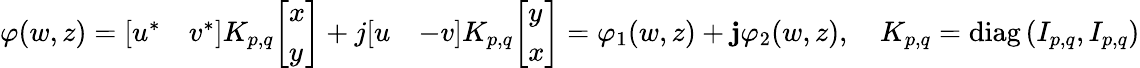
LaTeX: \varphi(w,z)={\left[\begin{array}{ll}{u^{*}}&{v^{*}}\end{array}\right]}K_{p,q}{\left[\begin{array}{l}{x}\\ {y}\end{array}\right]}+j{\left[\begin{array}{ll}{u}&{-v}\end{array}\right]}K_{p,q}{\left[\begin{array}{l}{y}\\ {x}\end{array}\right]}=\varphi_{1}(w,z)+\mathbf{j}\varphi_{2}(w,z),\quad K_{p,q}=\mathrm{diag}\left(I_{p,q},I_{p,q}\right)